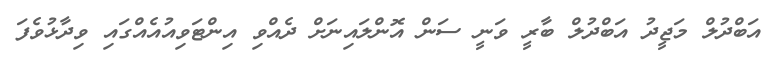
އަބްދުލް މަޖީދު އަބްދުލް ބާރީ ވަނީ ސަން އޮންލައިނަށް ދެއްވި އިންޓަވިއުއެއްގައި ވިދާޅުވެފަ